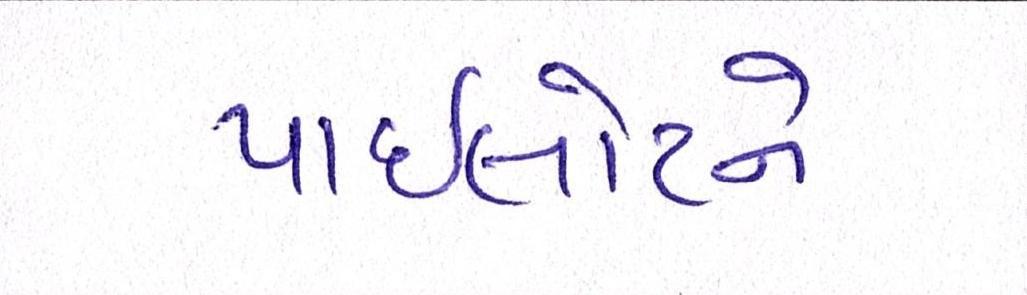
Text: પાઈલોટને